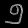
Digit: ၅